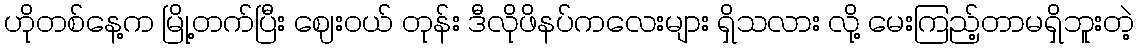
ဟိုတစ်နေ့က မြို့တက်ပြီး ဈေးဝယ် တုန်း ဒီလိုဖိနပ်ကလေးများ ရှိသလား လို့ မေးကြည့်တာမရှိဘူးတဲ့